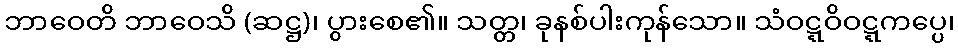
ဘာဝေတိ ဘာဝေသိ (ဆဋ္ဌ)၊ ပွားစေ၏။ သတ္တ၊ ခုနစ်ပါးကုန်သော။ သံဝဋ္ဋဝိဝဋ္ဋကပ္ပေ၊